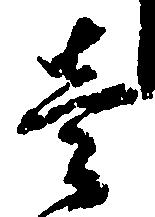
壱